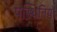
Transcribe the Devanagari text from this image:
पस्थितियों